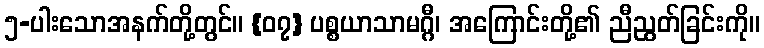
၅-ပါးသောအနက်တို့တွင်။ {၀၇} ပစ္စယာသာမဂ္ဂီ၊ အကြောင်းတို့၏ ညီညွတ်ခြင်းကို။